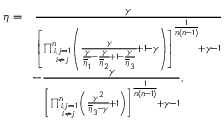
\begin{array} { r l } { \eta = } & { \frac { \gamma } { \left[ \prod _ { i , j = 1 \atop i \neq j } ^ { n } \left( \frac { \gamma } { \frac { \gamma } { \overline { { \eta } } _ { 1 } } \! - \frac { \gamma } { \overline { { \eta } } _ { 2 } } \! + 1 \! - \frac { \gamma } { \overline { { \eta } } _ { 3 } } } \! + 1 \! - \gamma \right) \right] ^ { \frac { 1 } { n ( n \! - 1 ) } } \! + \gamma \! - 1 } } \\ & { \! - \frac { \gamma } { \left[ \prod _ { i , j = 1 \atop i \neq j } ^ { n } \left( \frac { \gamma ^ { 2 } } { \overline { { \eta } } _ { 3 } \! - \gamma } \! + 1 \right) \right] ^ { \frac { 1 } { n ( n \! - 1 ) } } \! + \gamma \! - 1 } , } \end{array}